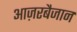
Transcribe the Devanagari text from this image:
आज़रबैजान